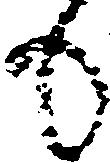
も